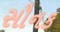
સૌનક